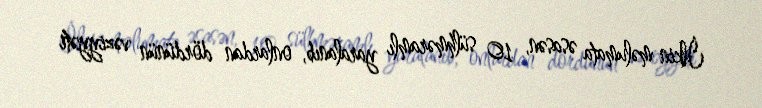
İlkin məlumata əsasən, 10 sülhməramlı yaralanıb, onlardan dördünün vəziyyəti